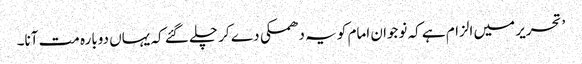
’ تحریر میں الزام ہے کہ نوجوان امام کو یہ دھمکی دے کر چلے گئے کہ یہاں دوبارہ مت آنا۔